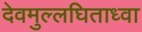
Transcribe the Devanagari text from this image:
देवमुल्लघिताध्वा